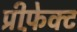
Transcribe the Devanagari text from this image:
प्रीफ़ेक्ट